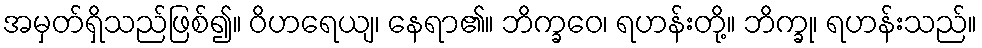
အမှတ်ရှိသည်ဖြစ်၍။ ဝိဟရေယျ၊ နေရာ၏။ ဘိက္ခဝေ၊ ရဟန်းတို့။ ဘိက္ခု၊ ရဟန်းသည်။